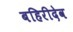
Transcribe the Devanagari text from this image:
बहिरीदेव